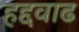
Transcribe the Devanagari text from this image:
हद्दवाढ